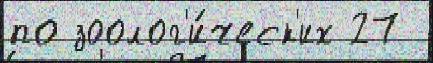
по зоолог'и́ческ'их 27